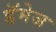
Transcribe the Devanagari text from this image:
डॅमेज